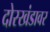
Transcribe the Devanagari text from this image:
दोरखंडावर